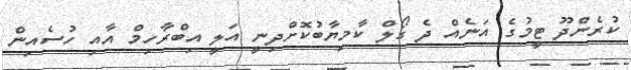
ކުރެންދޫ ޓީމުގެ އަނެއް ދެ ގޯލް ކާމިޔާބުކޮށްދިނީ އަލީ އިބްރާހިމް އާއި ހުސެއިން